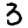
Digit: 3